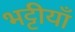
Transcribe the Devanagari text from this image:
भट्टीयाँ